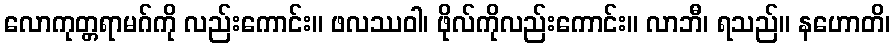
လောကုတ္တရာမဂ်ကို လည်းကောင်း။ ဖလဿဝါ၊ ဖိုလ်ကိုလည်းကောင်း။ လာဘီ၊ ရသည်။ နဟောတိ၊